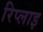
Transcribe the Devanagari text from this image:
रिप्लाइ